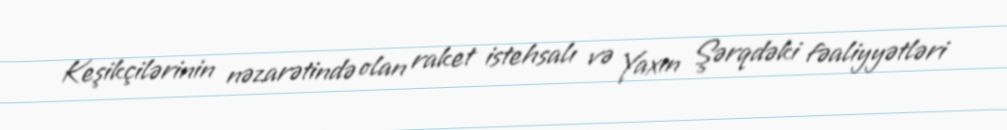
Keşikçilərinin nəzarətində olan raket istehsalı və Yaxın Şərqdəki fəaliyyətləri